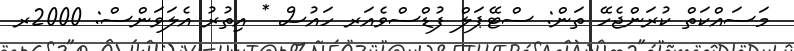
މަސައްކަތް ކުރަންޖެހޭ ތަން: ސްޓޭޕަލް ފުޑްސްވެއަރ ހައުސް * އިތުރު އެލަވަންސް: 2000ރ